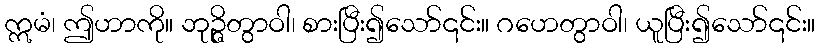
ဣမံ၊ ဤဟာကို။ ဘုဉ္ဇိတွာဝါ၊ စားပြီး၍သော်၎င်း။ ဂဟေတွာဝါ၊ ယူပြီး၍သော်၎င်း။